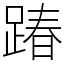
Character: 踳